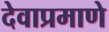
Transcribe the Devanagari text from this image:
देवाप्रमाणे